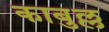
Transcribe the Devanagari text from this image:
काबुल्ल